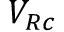
V _ { R c }